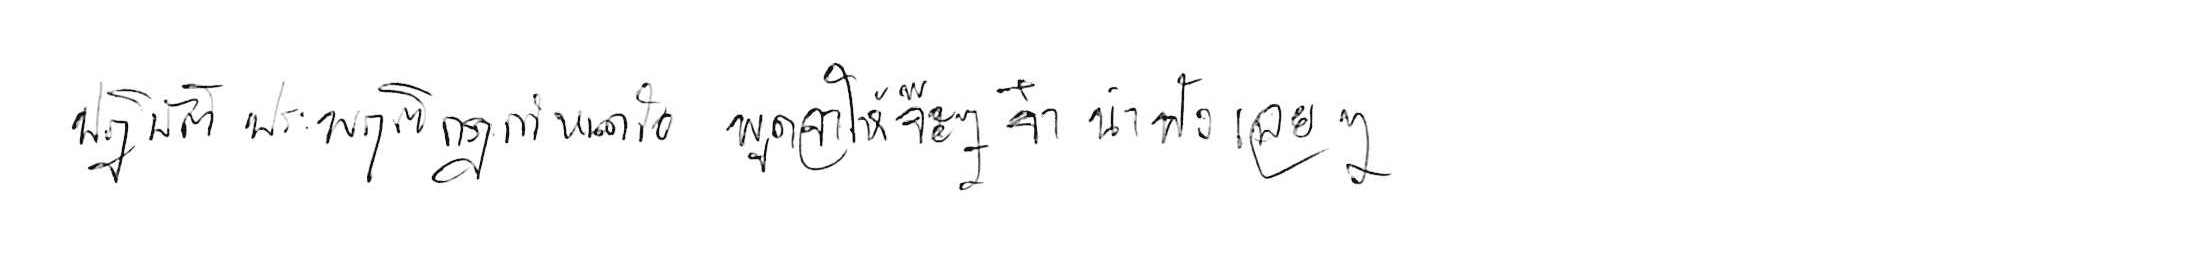
ปฏิบัติประพฤติกฎกำหนดใจ พูดจาให้จ๊ะๆ จ๋า น่าฟังเอยฯ